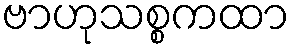
ဗာဟုသစ္စကထာ